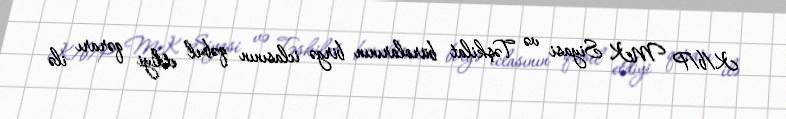
K/b/P MK Siyasi və Təşkilat bürolarının birgə iclasının qəbul etdiyi qərarı ilə